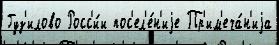
Гуз'илово Росс'и́и пос'ел'е́н'иjе Пр'им'еча́н'иjа